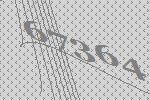
67364